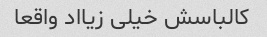
کالباسش خیلی زیااد واقعا